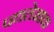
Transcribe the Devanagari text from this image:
पद्यलेखक